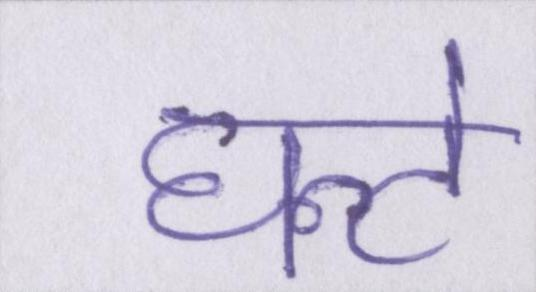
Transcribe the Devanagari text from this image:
घन्टे